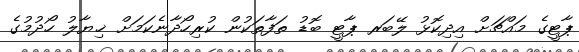
ޕާޓީގެ މައްޗަށް އިދިކޮޅު ލޭބަރ ޕާޓީ ބޮޑު ތަފާތަކުން ކުރިހޯދާނެކަމަށް ޚިޔާލު ހޯދުމުގެ